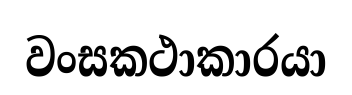
වංසකථාකාරයා